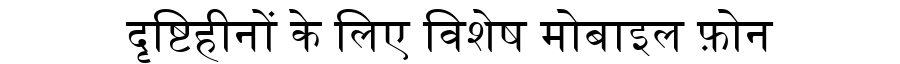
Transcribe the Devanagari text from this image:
दृष्टिहीनों के लिए विशेष मोबाइल फ़ोन